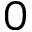
0